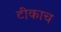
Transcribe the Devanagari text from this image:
टीकाच